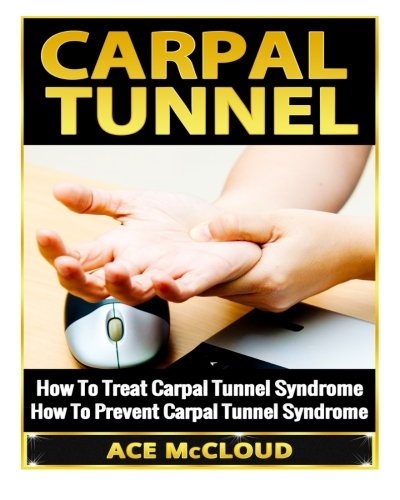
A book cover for Carpal Tunnel: How To Treat Carpal Tunnel Syndrome- How To Prevent Carpal Tunnel Syndrome; Ace McCloud; Health, Fitness & Dieting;